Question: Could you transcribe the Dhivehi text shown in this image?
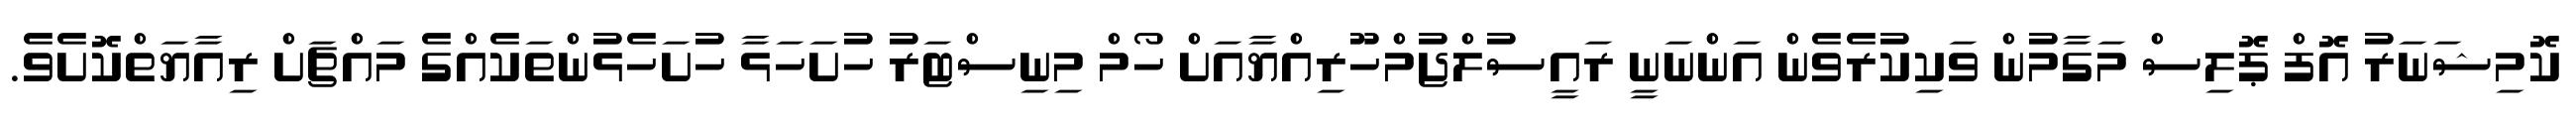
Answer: ކޮމިޝަނަރު އޮފް ޕޮލިސް މަގާމުން ވަކިކުރެވެން އަންނަނީ ރައީސުލްޖުމްހޫރިއްޔާއަށް ހޯމް މިނިސްޓަރު ހުށަހަޅާ ހުށަހެޅުންތަކެއްގެ މައްޗަށް ރިއާޔަތްކޮށެވެ.